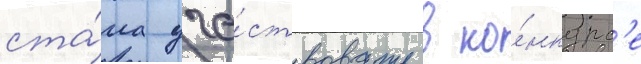
ста́ла уча́ствовать в ко́нкурс'е